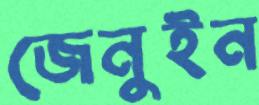
জেনুইন